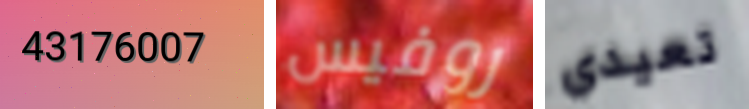
43176007 روفيس تعيدي